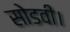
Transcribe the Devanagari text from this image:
सोडवी।